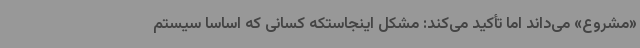
«مشروع» می‌داند اما تأکید می‌کند: مشکل اینجاستکه کسانی که اساسا سیستم